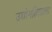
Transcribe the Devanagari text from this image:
उद्योगहिताला